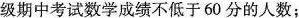
级期中考试数学成绩不低于60分的人数；